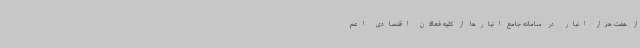
از هفت هزار انبار در سامانه جامع انبارها از کلیه فعالان اقتصادی اعم